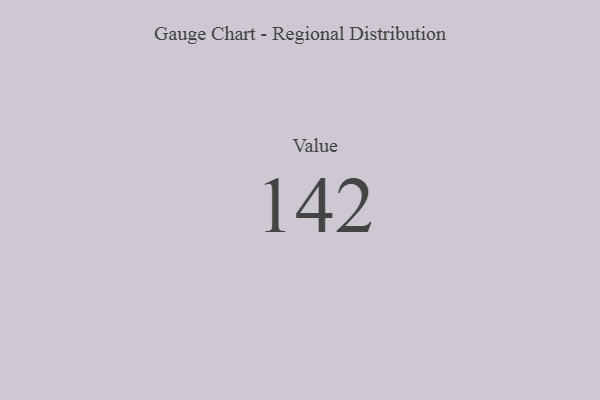
{"axis": {"x": "Metric", "y": "Value"}, "legend": [""], "data": [{"x": "Value", "y": 142, "type": ""}]}